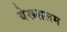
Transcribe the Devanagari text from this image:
येरूशलम